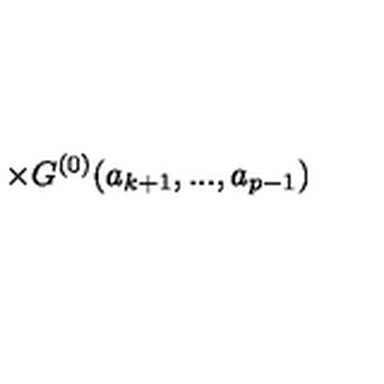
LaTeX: \times { G } ^ { ( 0 ) } ( a _ { k + 1 } , . . . , a _ { p - 1 } )